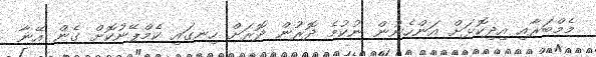
މެމްބަރާއި އިދިކޮޅަށް އަންހެނުން ނުކުމެ ދޮރުން ދޮރަށް ހިނގައި ކެމްޕޭނުކޮށް ގެން އޭނާ